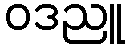
ဝဒညူ